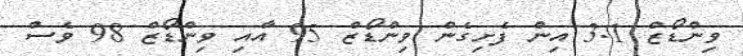
ވިންޑޯޒް 3.1 އިން ފެށިގެން ވިންޑޯޒް 95 އާއި ވިންޑޯޒް 98 ވެސް